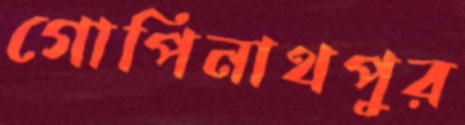
গোপিনাথপুর